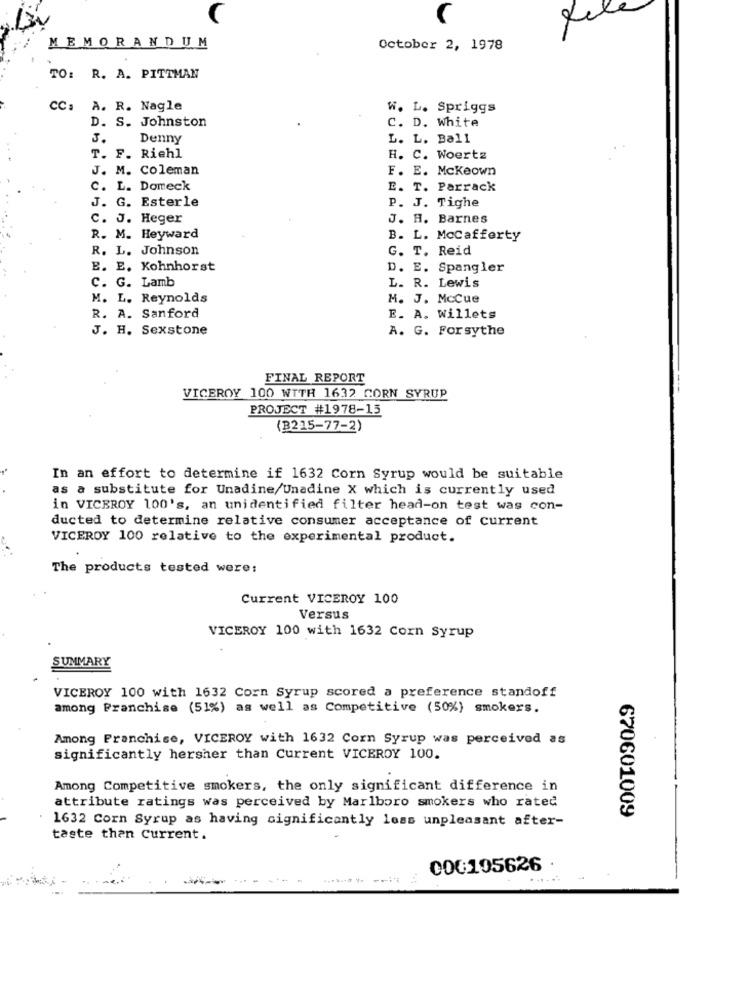
130
MEMORANDUM
October 2, 1978
TO: R. A. PITTMAN
CC: A. R. Nagle
W. L. Spriggs
D. S. Johnston
C. D. White
3.
Denny
L. L. Ball
T. F. Riehl
H. C. Woertz
J. M. Coleman
F. E. Mckeown
c. L. Domeck
E. T. Parrack
J. G. Esterle
P. J. Tighe
c. J. Heger
J. H. Barnes
R. M. Heyward
B. L. Mccafferty
R. L. Johnson
G. T. Reid
E. E. Kohnhorst
D. E. Spangler
C. G. Lamb
L. R. Lewis
M. L. Reynolds
M. J. Mccue
R. A. Sanford
E. A. Willets
J. H. Sexstone
A. G. Forsythe
FINAL REPORT
VICEROY 100 WITH 1632 CORN SYRUP
PROJECT #1978-15
(B215-77-2)
In an effort to determine if 1632 Corn Syrup would be suitable
as a substitute for Unadine/Unadine X which is currently used
in VICEROY 100's, an unidentified filter head-on test was con-
ducted to determine relative consumer acceptance of current
VICEROY 100 relative to the experimental product.
The products tested were:
Current VICEROY 100
Versus
VICEROY 100 with 1632 Corn Syrup
SUMMARY
VICEROY 100 with 1632 Corn Syrup scored a preference standoff
among Franchise (51%) as well as Competitive (50%) smokers.
Among Franchise, VICEROY with 1632 Corn Syrup was perceived as
significantly hersher than Current VICEROY 100.
Among Competitive smokers, the only significant difference in
attribute ratings was perceived by Marlboro smokers who rated
670601009
1632 Corn Syrup as having significantly loss unpleasant after-
taste than current.
000105626